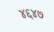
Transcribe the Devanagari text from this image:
४६४७